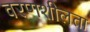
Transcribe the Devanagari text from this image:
वरणशीलता